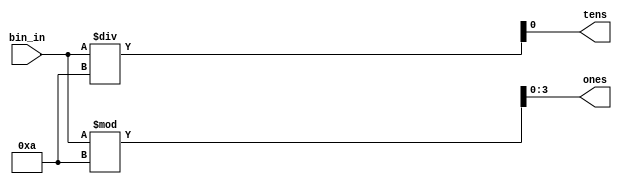
`timescale 1ns / 1ps

module bin2bcd(
    input [3:0] bin_in,
    output reg tens,
    output reg [3:0] ones
    );
    
    always @* begin
        tens = bin_in / 10;
        ones = bin_in % 10;
    end
    
endmodule